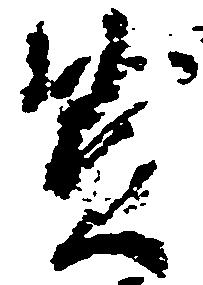
賢